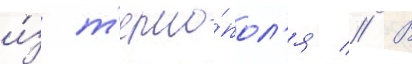
и́з т'ерно́пол'я // В